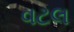
વટલ